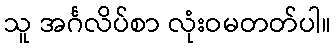
သူ အင်္ဂလိပ်စာ လုံးဝမတတ်ပါ။